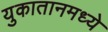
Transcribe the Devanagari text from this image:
युकातानमध्ये